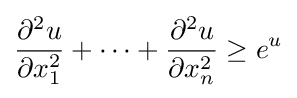
{\frac {\partial ^{2}u}{\partial x_{1}^{2}}}+\cdots +{\frac {\partial ^{2}u}{\partial x_{n}^{2}}}\geq e^{u}